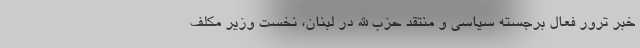
خبر ترور فعال برجسته سیاسی و منتقد حزب الله در لبنان، نخست وزیر مکلف